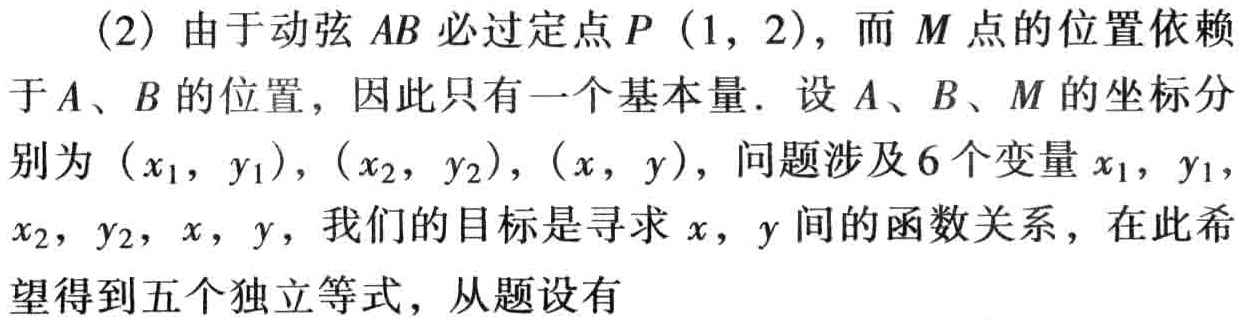
(2) 由于动弦 \(AB\) 必过定点 \(P(1,2)\)，而 \(M\) 点的位置依赖于 \(A\)、\(B\) 的位置，因此只有一个基本量. 设 \(A\)、\(B\)、\(M\) 的坐标分别为 \((x_1,y_1)\)，\((x_2,y_2)\)，\((x,y)\)，问题涉及 \(6\) 个变量 \(x_1\)，\(y_1\)，\(x_2\)，\(y_2\)，\(x\)，\(y\)，我们的目标是寻求 \(x\)，\(y\) 间的函数关系，在此希望得到五个独立等式，从题设有